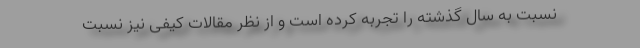
نسبت به سال گذشته را تجربه کرده است و از نظر مقالات کیفی نیز نسبت